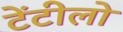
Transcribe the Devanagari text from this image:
टेंटीलो